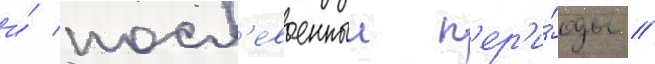
и́ посл'евоенныи п'ер'и́оды //